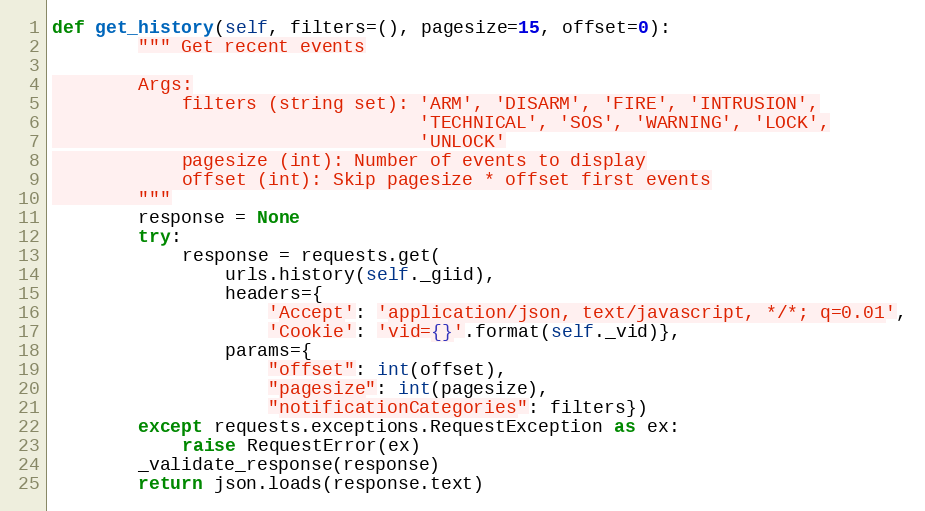
Language: Python
def get_history(self, filters=(), pagesize=15, offset=0):
        """ Get recent events

        Args:
            filters (string set): 'ARM', 'DISARM', 'FIRE', 'INTRUSION',
                                  'TECHNICAL', 'SOS', 'WARNING', 'LOCK',
                                  'UNLOCK'
            pagesize (int): Number of events to display
            offset (int): Skip pagesize * offset first events
        """
        response = None
        try:
            response = requests.get(
                urls.history(self._giid),
                headers={
                    'Accept': 'application/json, text/javascript, */*; q=0.01',
                    'Cookie': 'vid={}'.format(self._vid)},
                params={
                    "offset": int(offset),
                    "pagesize": int(pagesize),
                    "notificationCategories": filters})
        except requests.exceptions.RequestException as ex:
            raise RequestError(ex)
        _validate_response(response)
        return json.loads(response.text)